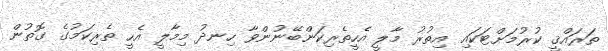
ތަރައްޤީ ކުރުމަށްޓަކައި އިތުރު މާލީ އެހީތެރިކަންބޭނުންވާ ހިނދު މިމާލީ އެހީ ތެރިކަމުގެ ގޮތުން